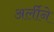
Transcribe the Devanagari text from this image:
अर्लीने